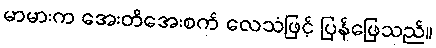
မာမားက အေးတိအေးစက် လေသံဖြင့် ပြန်ဖြေသည်။